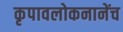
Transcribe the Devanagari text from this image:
कृपावलोकनानेंच